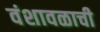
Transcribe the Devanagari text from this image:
वंशावळाची